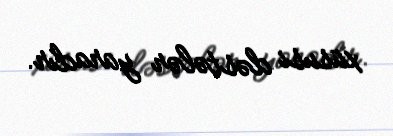
xüsusi dəstələr yaradır.